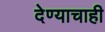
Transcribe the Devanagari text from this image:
देण्याचाही